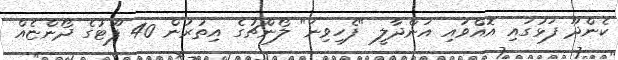
ކެންދޫ ފަޅުގައި އޮއްވައި އަންދާލީ "ފެހިވިނަ" ލޯންޗުގެ އިތުރުން 40 ފޫޓުގެ ދޯންޏެއް